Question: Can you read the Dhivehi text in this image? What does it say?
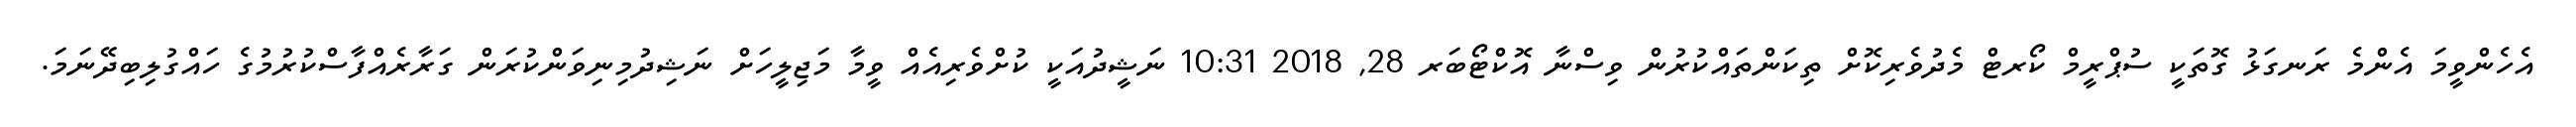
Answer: އެހެންވީމަ އެންމެ ރަނގަޅު ގޮތަކީ ސުޕްރީމް ކޯރޓް މެދުވެރިކޮށް ތިކަންތައްކުރުން ވިސްނާ އޮކްޓޯބަރ 28, 2018 10:31 ނަޝީދުއަކީ ކުށްވެރިއެއް ވީމާ މަޖިލީހަށް ނަޝިދުމިނިވަންކުރަން ގަރާރެއްފާސްކުރުމުގެ ހައްގުލިބިދޭނަމަ.